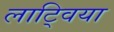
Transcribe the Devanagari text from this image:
लाट्विया